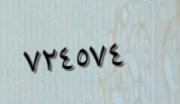
٧٢٤٥٧٤